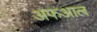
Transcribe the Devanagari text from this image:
अफआल